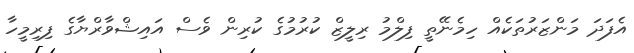
އެފަދަ މަންޒަރުތަކެއް ހިމެނޭތީ ފިލްމު ރިލީޒް ކުރުމުގެ ކުރިން ވެސް އައިޝްވާރްޔާގެ ފިރިމީހާ